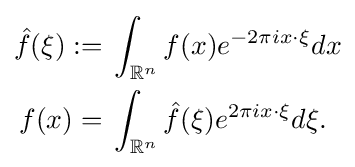
{\begin{aligned}{\hat {f}}(\xi ):={}&\int _{\mathbb {R} ^{n}}f(x)e^{-2\pi ix\cdot \xi }dx\\f(x)={}&\int _{\mathbb {R} ^{n}}{\hat {f}}(\xi )e^{2\pi ix\cdot \xi }d\xi .\end{aligned}}